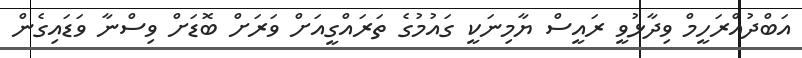
އަބްދުއްރަހީމް ވިދާޅުވީ ރައީސް ޔާމިނަކީ ގައުމުގެ ތަރައްގީއަށް ވަރަށް ބޮޑަށް ވިސްނާ ވަޑައިގެން